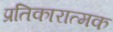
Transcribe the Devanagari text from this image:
प्रतिकारात्मक